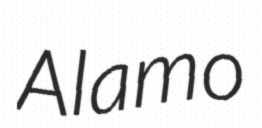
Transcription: Alamo